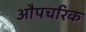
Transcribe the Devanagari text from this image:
औपचरिक